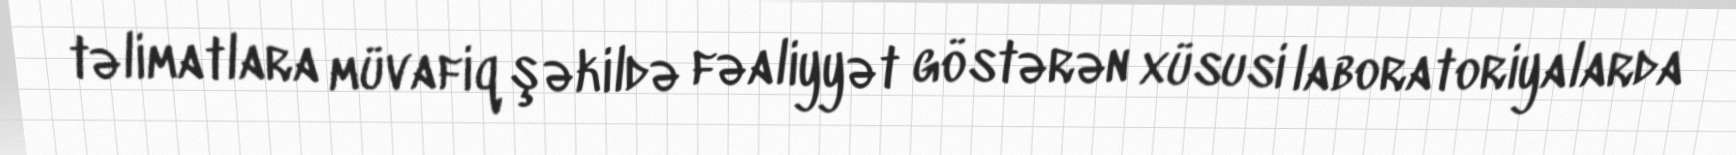
təlimatlara müvafiq şəkildə fəaliyyət göstərən xüsusi laboratoriyalarda